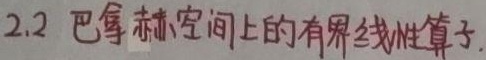
2.2 巴拿赫空间上的有界线性算子.